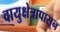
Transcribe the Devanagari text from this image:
वायुक्षेत्रापासून